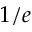
1 / e